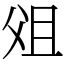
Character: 㸖